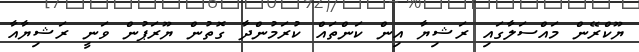
ޔޫކްރޭން މައްސަލާގައި ރަޝިޔާ އިން ކަންތައް ކުރަމުންދާ ގޮތުން ޔޫރަޕުން ވަނީ ރަޝިޔާއާ